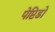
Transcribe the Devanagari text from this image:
पेप्टिडो